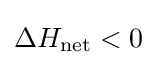
\Delta H_{\text{net}}<0